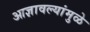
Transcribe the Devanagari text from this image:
आज्ञावल्यांमुळे